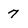
Character: 7